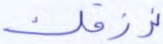
نرزقك